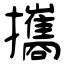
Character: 攜